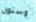
وستون